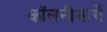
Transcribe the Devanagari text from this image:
कॉलनीमार्गे